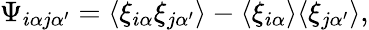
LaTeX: \Psi_{i\alpha j\alpha^{\prime}}=\langle\xi_{i\alpha}\xi_{j\alpha^{\prime}}\rangle-\langle\xi_{i\alpha}\rangle\langle\xi_{j\alpha^{\prime}}\rangle,